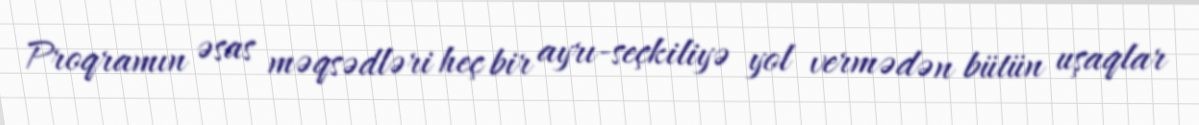
Proqramın əsas məqsədləri heç bir ayrı-seçkiliyə yol vermədən bütün uşaqlar